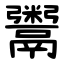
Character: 鬻